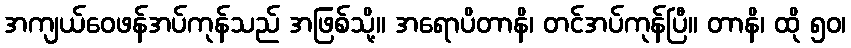
အကျယ်ဝေဖန်အပ်ကုန်သည် အဖြစ်သို့။ အရောပိတာနိ၊ တင်အပ်ကုန်ပြီ။ တာနိ၊ ထို ၅၀၊